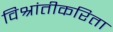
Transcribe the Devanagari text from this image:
विश्रांतीकरिता